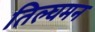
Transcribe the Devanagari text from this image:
तिल्घमन